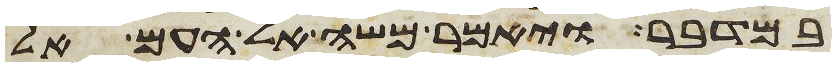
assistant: במדבר ויאמר משה אל העם אל